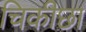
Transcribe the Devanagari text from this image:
चिकीछा